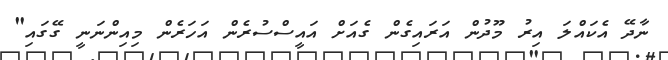
ނާދޭ އެކައްލަ އިރު މޫދުން އަރައިގެން ގެއަށް އައީސްސުރެން އަހަރެން މިއިންނަނީ ގޭގައި"